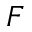
\boldsymbol F